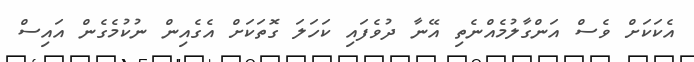
އެކަކަށް ވެސް އަންގާލުމެއްނެތި އޭނާ ދުވެފައި ކަހަލަ ގޮތަކަށް އެގެއިން ނުކުމެގެން އައިސް